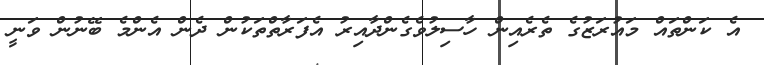
އެ ކަންތައް މައުރަޒުގެ ތެރެއިން ހާސިލުވެގެންދާއިރު އެފަރާތްތަކުން ދެން އެންމެ ބޭނުން ވަނީ